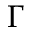
\Gamma